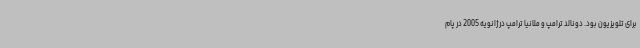
برای تلویزیون بود. دونالد ترامپ و ملانیا ترامپ در ژانویه 2005 در پام